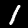
Label: 1